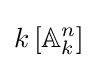
k\left[\mathbb {A} _{k}^{n}\right]